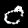
Digit: 0